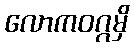
လောကဝဂ္ဂမှိ